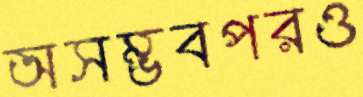
অসম্ভবপরও